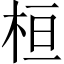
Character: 桓